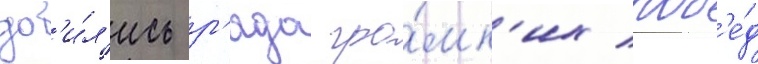
доб'и́л'ись р'яда гро́мк'их поб'е́д